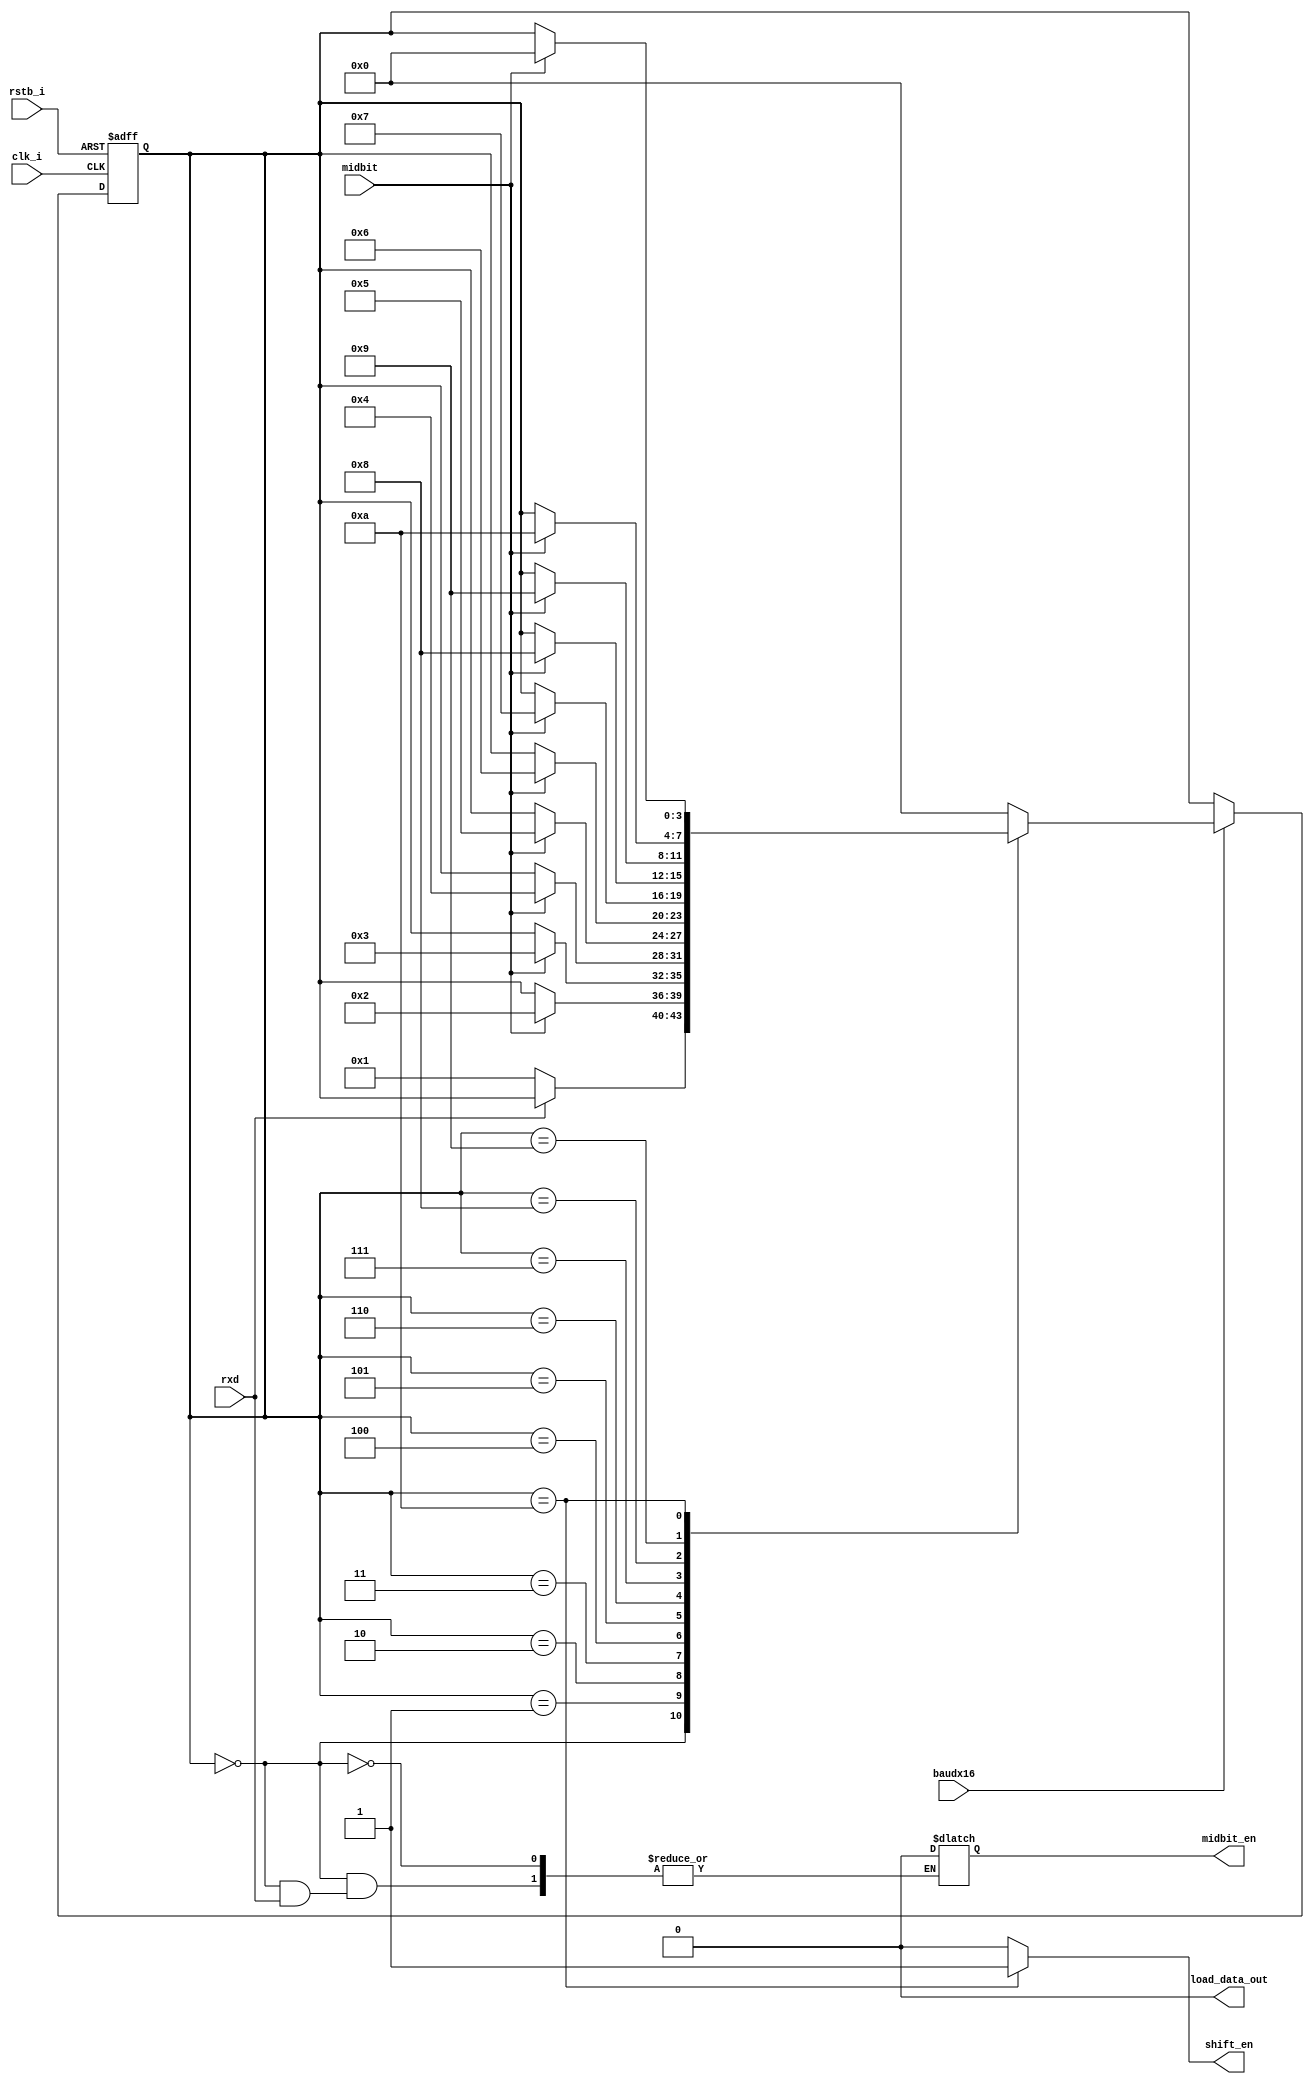
`timescale 1ns / 1ps
//////////////////////////////////////////////////////////////////////////////////
// Company: 
// Engineer: 
// 
// Design Name: 
// Module Name: UART_R_FSM
//////////////////////////////////////////////////////////////////////////////////


module UART_R_FSM(
    input clk_i,
    input rstb_i,
    input baudx16,
    input rxd,
    input midbit,
    
    output reg shift_en,
    output reg load_data_out, 
    output reg midbit_en
    );
    
    reg [3:0] r_state, r_next_state;
       
    localparam S_IDLE = 4'b0000; 
    localparam S_START = 4'b0001; 
    localparam S_BIT0 = 4'b0010;
    localparam S_BIT1 = 4'b0011; 
    localparam S_BIT2 = 4'b0100; 
    localparam S_BIT3 = 4'b0101; 
    localparam S_BIT4 = 4'b0110; 
    localparam S_BIT5 = 4'b0111; 
    localparam S_BIT6 = 4'b1000; 
    localparam S_BIT7 = 4'b1001; 
    localparam S_STOP = 4'b1010;
    
    always @ (posedge clk_i, negedge rstb_i) begin
        if (!rstb_i) begin
            r_state <= S_IDLE;
        end else begin
            if (baudx16==1'b1) begin
                r_state <= r_next_state;
            end
        end
    end
    
    always @ (rxd, midbit, r_state, r_next_state) begin
        r_next_state = r_state;
        midbit_en <= 1;
        load_data_out <= 0;
        case(r_state)
            S_IDLE : begin
             if (rxd   ==1'b0) begin
                    r_next_state = S_START;
                    midbit_en = 0;
                end
            end
            
            S_START : begin
                if (midbit==1'b1) begin
                    r_next_state = S_BIT0;
                end
            end
            S_BIT0 : begin 
                if (midbit==1'b1) begin
                    r_next_state = S_BIT1;
                end
            end
            
            S_BIT1 : begin
                if (midbit==1'b1) begin
                    r_next_state = S_BIT2;
                end
            end
            
            S_BIT2 : begin
                if (midbit==1'b1) begin
                    r_next_state = S_BIT3;
                end
            end
            
            S_BIT3  : begin
                if (midbit==1'b1) begin
                    r_next_state = S_BIT4;
                end
            end
            
            S_BIT4 : begin 
                if (midbit==1'b1) begin
                    r_next_state = S_BIT5;
                end
            end
            
            S_BIT5 : begin
                if (midbit==1'b1) begin
                    r_next_state = S_BIT6;
                end
            end
            
            S_BIT6 : begin 
                if (midbit==1'b1) begin
                    r_next_state = S_BIT7;
                end
            end
            
            S_BIT7  :  begin
                if (midbit==1'b1) begin
                    r_next_state = S_STOP;
                end
            end
            
            S_STOP    : begin
                if (midbit==1'b1) begin
                    r_next_state = S_IDLE;
                end
            end
            
            default : begin
                r_next_state = S_IDLE;
            end
        endcase
    end
    
    always @ (r_state) begin : output_logic
      case (r_state)
        S_STOP: begin
           shift_en = 1;
        end
        default: begin
           shift_en = 0;
        end
      endcase 
   end 
endmodule